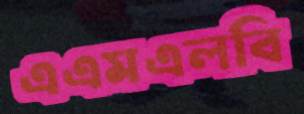
এএমএলবি